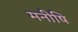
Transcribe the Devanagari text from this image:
मनीषि